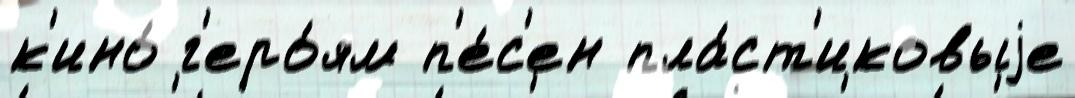
к'ино́ г'еро́ям п'е́с'ен пла́ст'иковыjе